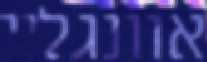
אוונגליי